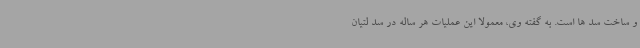
و ساخت سد ها است. به گفته وی، معمولا این عملیات هر ساله در سد لتیان